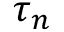
\tau _ { n }